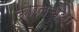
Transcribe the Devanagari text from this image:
काेरलच्या